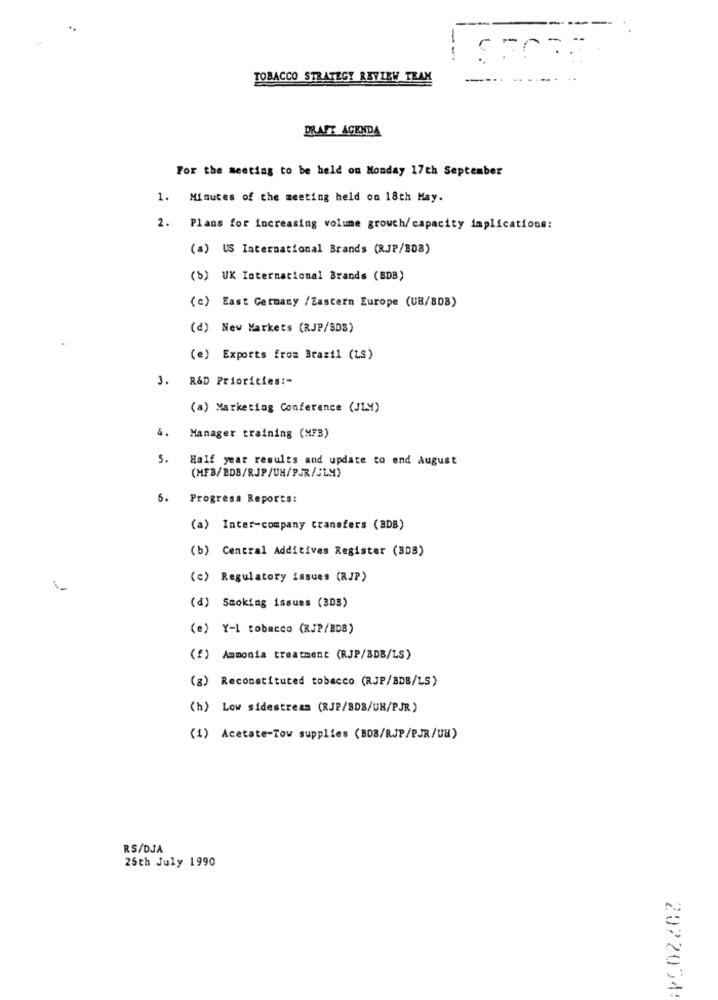
--
TOBACCO STRATEGY REVIEW TEAM
DRAFT AGENDA
For the meeting to be held on Monday 17th September
1. Minutes of the meeting held on 18th May.
2. Plans for increasing volume growth/capacity implications:
(a) US International Brands (RJP/BDB)
(b) UK Internacional Brands (BDB)
(c) East Germany /Eastern Europe (UB/8DB)
(d) New Markets (RJP/BDB)
(e) Exports from Brazil (LS)
3. R&D Priorities :-
(a) Marketing Conference (JLM)
4.
Manager training (MF3)
5.
Half year results and update to end August
(MFB/BDB/RJP/UH/PJR/JLM)
6.
Progress Reports:
(a) Inter-company transfers (BDB)
(b) Central Additives Register (BDB)
(c) Regulatory issues (RJP)
(d) Smoking issues (BDB)
(e) Y-1 tobacco (RJP/BDB)
(f) Ammonia treatment (RJP/BDB/LS)
(8) Reconstituted tobacco (RJP/BDB/LS)
(h) Low sidestream (RJP/SDB/UH/PJR)
(1) Acetate-Tow supplies (BDB/RJP/PJR/UH)
RS/DJA
25th July 1990
2022054